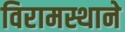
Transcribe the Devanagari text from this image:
विरामस्थाने